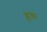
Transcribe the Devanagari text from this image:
ब्लात्तेर